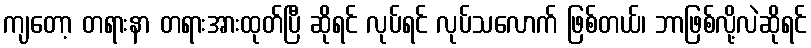
ကျတော့ တရားနာ တရားအားထုတ်ပြီ ဆိုရင် လုပ်ရင် လုပ်သလောက် ဖြစ်တယ်၊ ဘာဖြစ်လို့လဲဆိုရင်